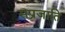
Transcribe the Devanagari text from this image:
सप्रजाति